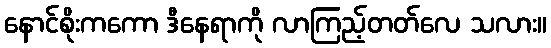
နောင်စိုးကကော ဒီနေရာကို လာကြည့်တတ်လေ သလား။